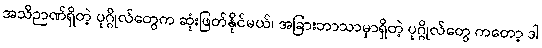
အသိဉာဏ်ရှိတဲ့ ပုဂ္ဂိုလ်တွေက ဆုံးဖြတ်နိုင်မယ်၊ အခြားဘာသာမှာရှိတဲ့ ပုဂ္ဂိုလ်တွေ ကတော့ ဒါ